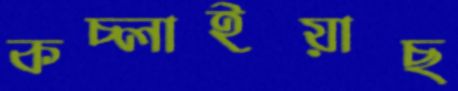
কচ্‌লাইয়াছ